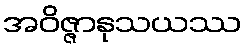
အဝိဇ္ဇာနုသယဿ